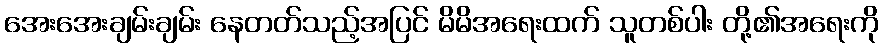
အေးအေးချမ်းချမ်း နေတတ်သည့်အပြင် မိမိအရေးထက် သူတစ်ပါး တို့၏အရေးကို